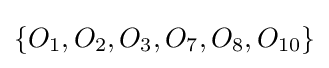
\{O_{1},O_{2},O_{3},O_{7},O_{8},O_{10}\}